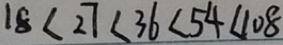
1 8 < 2 7 < 3 6 < 5 4 < 1 0 8